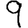
Digit: 9